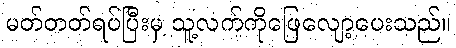
မတ်တတ်ရပ်ပြီးမှ သူ့လက်ကိုဖြေလျော့ပေးသည်။